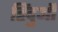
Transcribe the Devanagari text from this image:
हिंदुऒं